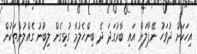
އިހަކަށް ދުވަހު ނޭޕާލަށް އައި ބާރުގަދަ ދެ ބިންހެލުމާ ގުޅިގެން ލިބުނު ގެއްލުންތަކުން